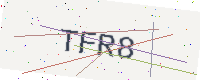
Text: TFR8